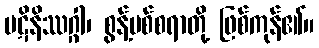
ပဋိနိဿဂ္ဂါ၊ စွန့်ပစ်စရာတို့ ဖြစ်ကုန်၏။